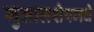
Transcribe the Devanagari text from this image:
गुलालशेषमधे